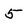
Character: 5